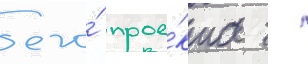
его́ прое́кта